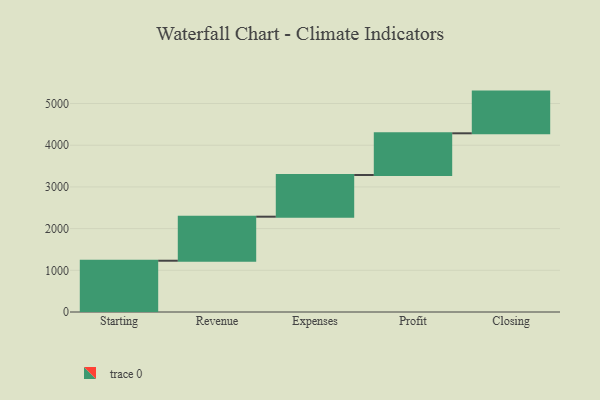
{"axis": {"x": "Step", "y": "Value"}, "legend": [""], "data": [{"x": "Starting", "y": 1230.0, "type": ""}, {"x": "Revenue", "y": 1056.0, "type": ""}, {"x": "Expenses", "y": 1000, "type": ""}, {"x": "Profit", "y": 1000, "type": ""}, {"x": "Closing", "y": 1000, "type": ""}]}